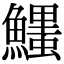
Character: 𩼞